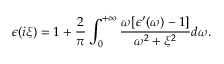
\epsilon ( i \xi ) = 1 + \frac { 2 } { \pi } \int _ { 0 } ^ { + \infty } \frac { \omega [ \epsilon ^ { \prime } ( \omega ) - 1 ] } { \omega ^ { 2 } + \xi ^ { 2 } } d \omega .